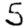
Digit: 5